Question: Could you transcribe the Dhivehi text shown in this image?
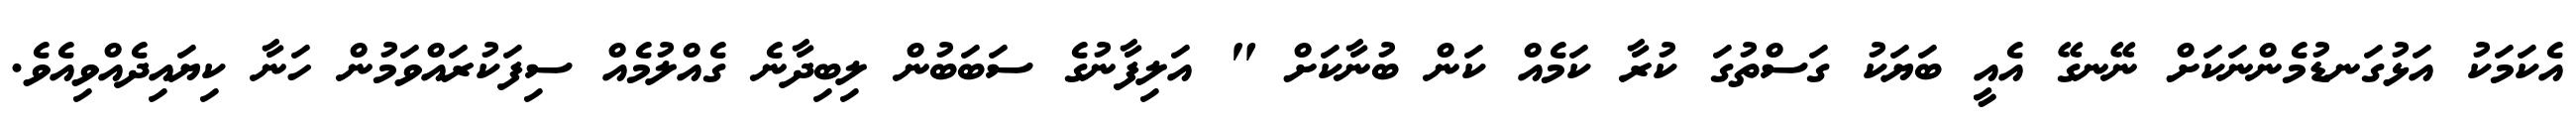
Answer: އެކަމަކު އަޅުގަނޑުމެންނަކަށް ނޭނގޭ އެއީ ބަޔަކު ގަސްތުގަ ކުރާ ކަމެއް ކަން ބުނާކަށް " އަލިފާނުގެ ސަބަބުން ލިބިދާނެ ގެއްލުމެއް ސިފަކުރައްވަމުން ހަނާ ކިޔައިދެއްވިއެވެ.